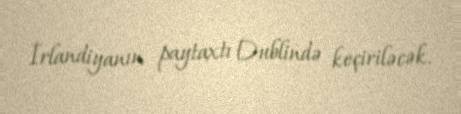
İrlandiyanın paytaxtı Dublində keçiriləcək.